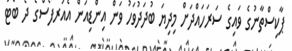
ޕާކިސްތާނުގެ ވައިގެ ސަރަހައްދަށް މިދިޔަ ބުދަދުވަހު ވަން އިންޑިއަން އެއަރފޯސްގެ ދެ ބޯޓު